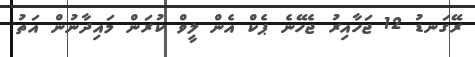
ރޭގަނޑު 12 ޖަހާއިރު ޖެހޭނެ ޕެކް އެން ލީވް ކުރަން މައިދާނުން އަތު